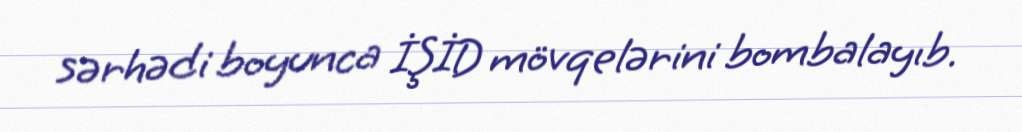
sərhədi boyunca İŞİD mövqelərini bombalayıb.